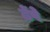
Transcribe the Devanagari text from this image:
ढेंपे